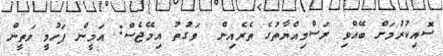
ސޮއިކުރުމަށް ބޭއްވި ރަސްމިއްޔާތުގެ ތެރެއިން  ވަގުތު އިމޭޖެސް: އަމީން ފަހުމީ މަތީން